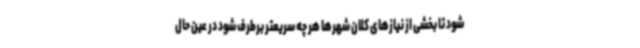
شود تا بخشی از نیازهای کلان شهرها هر چه سریعتر برطرف شود در عین حال